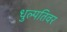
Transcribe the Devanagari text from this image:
धुल्पतिवर